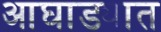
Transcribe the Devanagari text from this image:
आघाड्यात